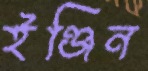
ইঞ্জিন